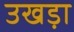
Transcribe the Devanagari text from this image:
उखड़ा